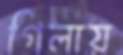
গিলায়